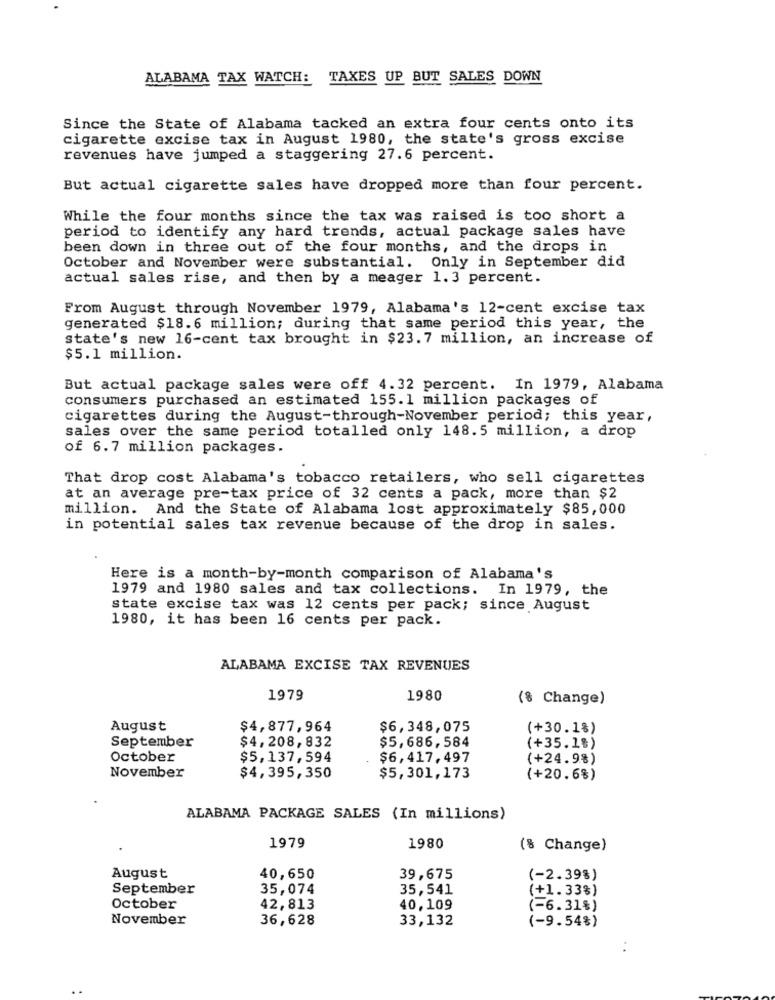
ALABAMA TAX WATCH: TAXES UP BUT SALES DOWN
Since the State of Alabama tacked an extra four cents onto its
cigarette excise tax in August 1980, the state's gross excise
revenues have jumped a staggering 27.6 percent.
But actual cigarette sales have dropped more than four percent.
While the four months since the tax was raised is too short a
period to identify any hard trends, actual package sales have
been down in three out of the four months, and the drops in
October and November were substantial. Only in September did
actual sales rise, and then by a meager 1.3 percent.
From August through November 1979, Alabama's 12-cent excise tax
generated $18.6 million; during that same period this year, the
state's new 16-cent tax brought in $23.7 million, an increase of
$5.1 million.
But actual package sales were off 4.32 percent. In 1979, Alabama
consumers purchased an estimated 155.1 million packages of
cigarettes during the August-through-November period; this year,
sales over the same period totalled only 148.5 million, a drop
of 6.7 million packages.
That drop cost Alabama's tobacco retailers, who sell cigarettes
at an average pre-tax price of 32 cents a pack, more than $2
million. And the State of Alabama lost approximately $85,000
in potential sales tax revenue because of the drop in sales.
Here is a month-by-month comparison of Alabama's
1979 and 1980 sales and tax collections. In 1979, the
state excise tax was 12 cents per pack; since August
1980, it has been 16 cents per pack.
ALABAMA EXCISE TAX REVENUES
1979
1980
(% Change)
August
$4,877,964
$6,348,075
(+30.1%)
September
$5,686,584
$4,208,832
(+35.1%)
October
$5,137,594
$6,417,497
(+24.9%)
November
$4,395,350
$5,301,173
(+20.6%)
ALABAMA PACKAGE SALES (In millions)
1979
1980
(% Change)
August
40,650
39,675
(-2.39%)
September
35,074
35,541
(+1.33%)
October
42,813
40,109
(-6.31%)
November
36,628
33,132
(-9.54%)